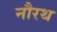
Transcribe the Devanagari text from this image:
नौरथ